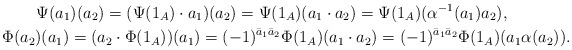
\begin{gather*} \Psi(a_1)(a_2) = (\Psi(1_A)\cdot a_1)(a_2) = \Psi(1_A)(a_1\cdot a_2)=\Psi(1_A)(\alpha^{-1}(a_1)a_2), \\ \Phi(a_2)(a_1) = (a_2\cdot \Phi(1_A))(a_1) = (-1)^{\bar a_1 \bar a_2} \Phi(1_A)(a_1\cdot a_2) = (-1)^{\bar a_1 \bar a_2} \Phi(1_A)(a_1\alpha(a_2)).\end{gather*}